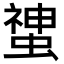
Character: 䗝